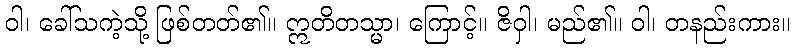
ဝါ၊ ခေါ်သကဲ့သို့ ဖြစ်တတ်၏။ ဣတိတသ္မာ၊ ကြောင့်။ ဇိဝှါ၊ မည်၏။ ဝါ၊ တနည်းကား။